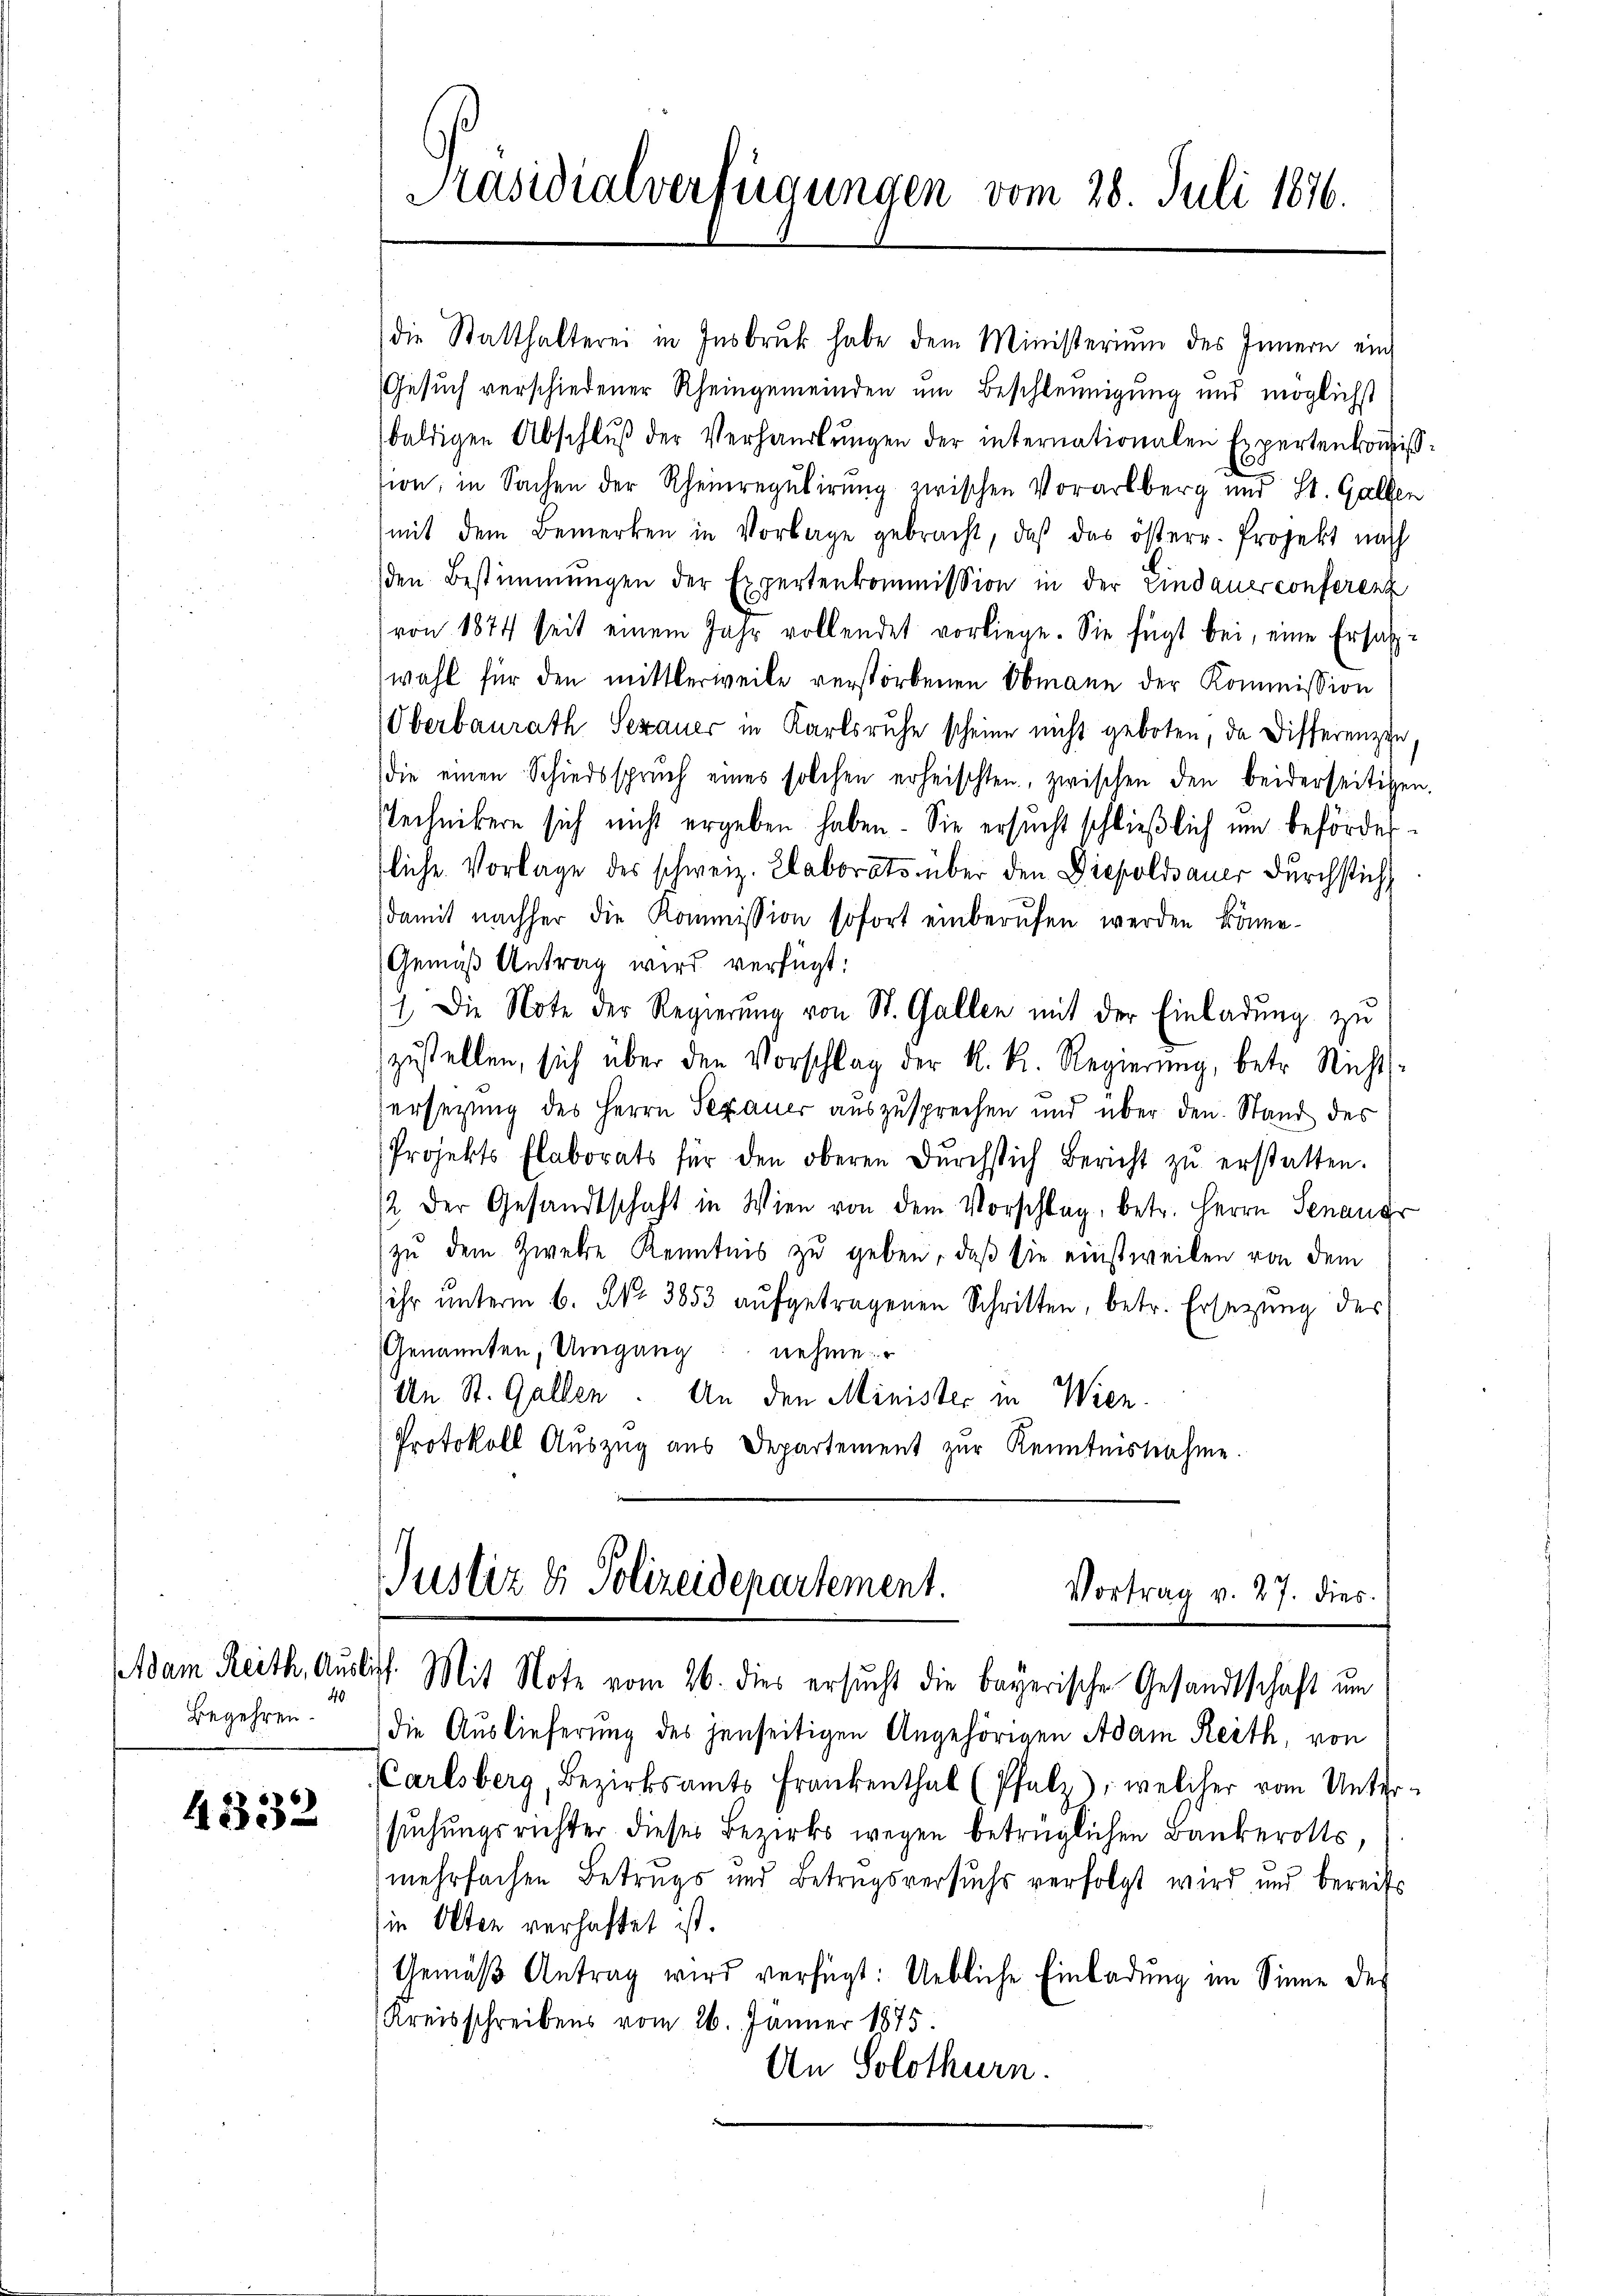
40.
Begehren.

4332

Präsidialverfügungen vom 28. Juli 1876.

die Statthalterei in Insbruck habe dem Ministerium des Innern ein
Gesuch verschiedener Rheingemeinden um Beschleunigung und möglichst
baldigen Abschlŭβ der Verhandlŭngen der internationalen Expertenkoṁiss-
sion, in Sachen der Rheinregulirung zwischen Vorarlberg und St. Gallen

mit dem Bemerken in Vorlage gebracht, daβ das österr. Projekt nach
den Bestimmungen der Expertenkommission in der Eindauer conferenz
(von 1874 seit einem Jahr vollendet vorliege. Sie fügt bei, eine Ersatzwahl für den mittlerweile verstorbenen Obmann der Kommission
Oberbaurath Serauer in Karlsruhe scheine nicht geboten, da Differenzen,
die einen Schiedssprŭch eines solchen erheischten, zwischen den beiderseitigen.
Technikern sich nicht ergeben haben. Sie ersucht schließlich um beförderfliche Vorlage des schweiz. Laborats über den Diepoldsauer durchstich
damit nachher die Kommission sofort einberufen werden könne.
Gemäß Antrag wird verfügt:
1. Die Note der Regierung von St. Gallen mit der Einladung zu
zustellen, sich über den Vorschlag der K. K. Regierung, betr. Nichtsersetzung des Herrn Sepauer auszusprechen und über den Stand des
Projekts Flaborats für den oberen Dŭrchsich Bericht zŭ erstatten.
/2 der Gesandtschaft in Wien von dem Vorschlag, betr. Herrn Senauer
zu dem Zweke Kenntnis zu geben, daß sie einstweilen von dem
ihr ŭnterm 6. N. 3853 aŭfgetragenen Schritten, betr. Ersetzŭng des
Genannten, Umgang nehme.
An St. Gallen. An den Minister in Wien.
Protokoll Auszug aus Departement zur Kenntnisnahme.

Justiz & Polizeidepartement.
Vortrag v. 27. dies
Adam Reith, Auslich. Mit Note vom 26. dies ersucht die bayerische Gesandtschaft um

die Auslieferung des jenseitigen Angehörigen Adam Reith, von
Carlsberg, Bezirksamts Frankenthal (Pfalz), welcher vom Unter-
suchungsrichter dieses Bezirks wegen betrüglichen Bankerotts,
mehrfachen Betrugs und Betragsversuchs verfolgt wird und bereits
in Olten verhaftet ist.
Gemäβ Antrag wird verfügt: Uebliche Einladung im Sinne des
Kreisschreibens vom 26. Jänner 1875.
An Solothurn.